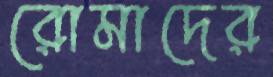
রোমাদের